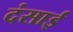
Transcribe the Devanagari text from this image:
दंसाई